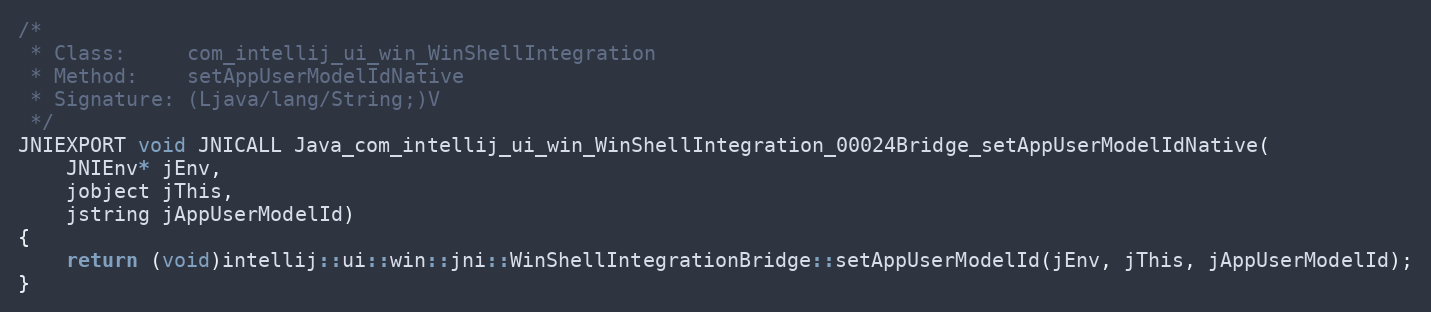
Language: C++
/*
 * Class:     com_intellij_ui_win_WinShellIntegration
 * Method:    setAppUserModelIdNative
 * Signature: (Ljava/lang/String;)V
 */
JNIEXPORT void JNICALL Java_com_intellij_ui_win_WinShellIntegration_00024Bridge_setAppUserModelIdNative(
    JNIEnv* jEnv,
    jobject jThis,
    jstring jAppUserModelId)
{
    return (void)intellij::ui::win::jni::WinShellIntegrationBridge::setAppUserModelId(jEnv, jThis, jAppUserModelId);
}